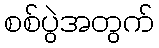
စစ်ပွဲအတွက်